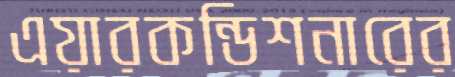
এয়ারকন্ডিশনারের